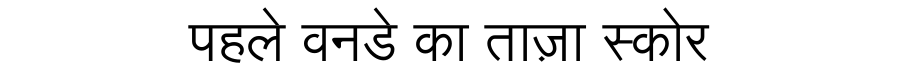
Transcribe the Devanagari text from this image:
पहले वनडे का ताज़ा स्कोर